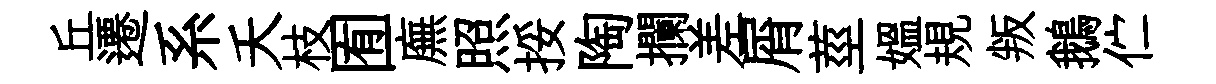
丘遷系夭枝囿廡照挼陶攔差屑莖媪規叛鵝伫